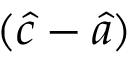
( { \hat { c } } - { \hat { a } } )